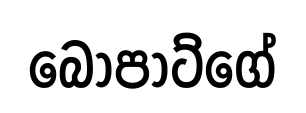
බොපාට්ගේ